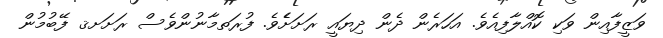
ވަޒީފާއިން ވަކި ކޮއްލާފިއެވެ. އަހަރެން ދެން ދިޔައީ ރަށަށެެވެ. ފުރަތމާނުންވެސް ރަށަށޤ ފޭބުމުން